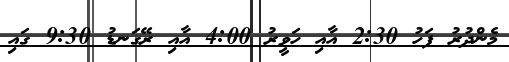
މެންދުރު ފަހު 2:30 އާއި ހަވީރު 4:00 އާއި ރޭގަނޑު 9:30 ގައި